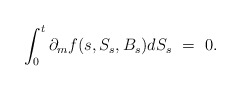
\begin{align*}\int_0^t \partial_m f(s,S_s,B_s) dS_s \ = \ 0.\end{align*}